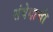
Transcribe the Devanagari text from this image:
संवेदाची